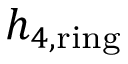
h _ { 4 , \mathrm { r i n g } }